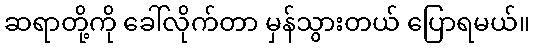
ဆရာတို့ကို ခေါ်လိုက်တာ မှန်သွားတယ် ပြောရမယ်။